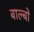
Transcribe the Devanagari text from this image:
बाल्बो